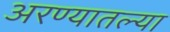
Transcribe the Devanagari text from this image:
अरण्यातल्या